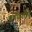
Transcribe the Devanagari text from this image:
कॉग्रेशीने